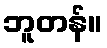
ဘူတန်။